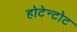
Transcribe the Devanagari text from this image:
होटेन्टोट